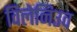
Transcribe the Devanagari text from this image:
विलेनिउव